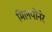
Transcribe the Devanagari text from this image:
मिलयोनेर